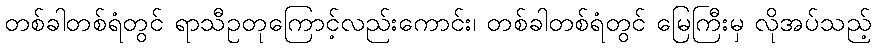
တစ်ခါတစ်ရံတွင် ရာသီဥတုကြောင့်လည်းကောင်း၊ တစ်ခါတစ်ရံတွင် မြေကြီးမှ လိုအပ်သည့်